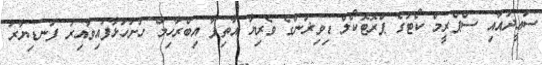
ސަޢީދުއާއި ސްޕްރީމް ކޯޓުގެ ޕްރޮޓޮކޯލް ޑިވިޜަންގެ ވެރިޔާ އާތިފާ އިބްރާހިމް ހުށަހަޅާފައިވާއިރު ފަނޑިޔާރު